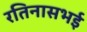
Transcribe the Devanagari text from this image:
रतिनासभई